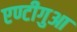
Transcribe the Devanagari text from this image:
एण्टीगुआ